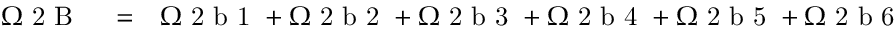
\begin{array} { r l r } { \Omega \mathrm { ~ 2 ~ B ~ } } & { { } = } & { \Omega \mathrm { ~ 2 ~ b ~ 1 ~ } + \Omega \mathrm { ~ 2 ~ b ~ 2 ~ } + \Omega \mathrm { ~ 2 ~ b ~ 3 ~ } + \Omega \mathrm { ~ 2 ~ b ~ 4 ~ } + \Omega \mathrm { ~ 2 ~ b ~ 5 ~ } + \Omega \mathrm { ~ 2 ~ b ~ 6 ~ } } \end{array}